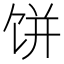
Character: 饼